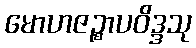
မောဟဇဉ္စာပဝိဒ္ဒသု